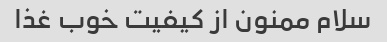
سلام ممنون از کیفیت خوب غذا